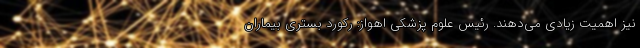
نیز اهمیت زیادی می‌دهند. رئیس علوم پزشکی اهواز: رکورد بستری بیماران